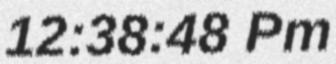
12:38:48 Pm